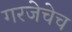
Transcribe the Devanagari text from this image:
गरजेचेच